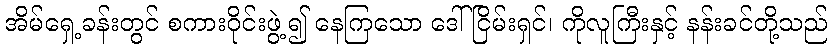
အိမ်ရှေ့ခန်းတွင် စကားဝိုင်းဖွဲ့၍ နေကြသော ဒေါ်ငြိမ်းရှင်၊ ကိုလူကြီးနှင့် နန်းခင်တို့သည်